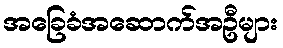
အခြေခံအဆောက်အဦများ